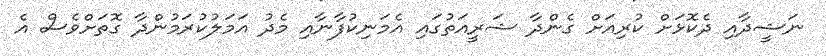
ނަޝީދާއި ދެކޮޅަށް ކުރިއަށް ގެންދާ ޝަރީއަތުގައި އެމަނިކުފާނާއި މެދު އަމަލުކުރަމުންދާ ގޮތަށްވެސް އެ